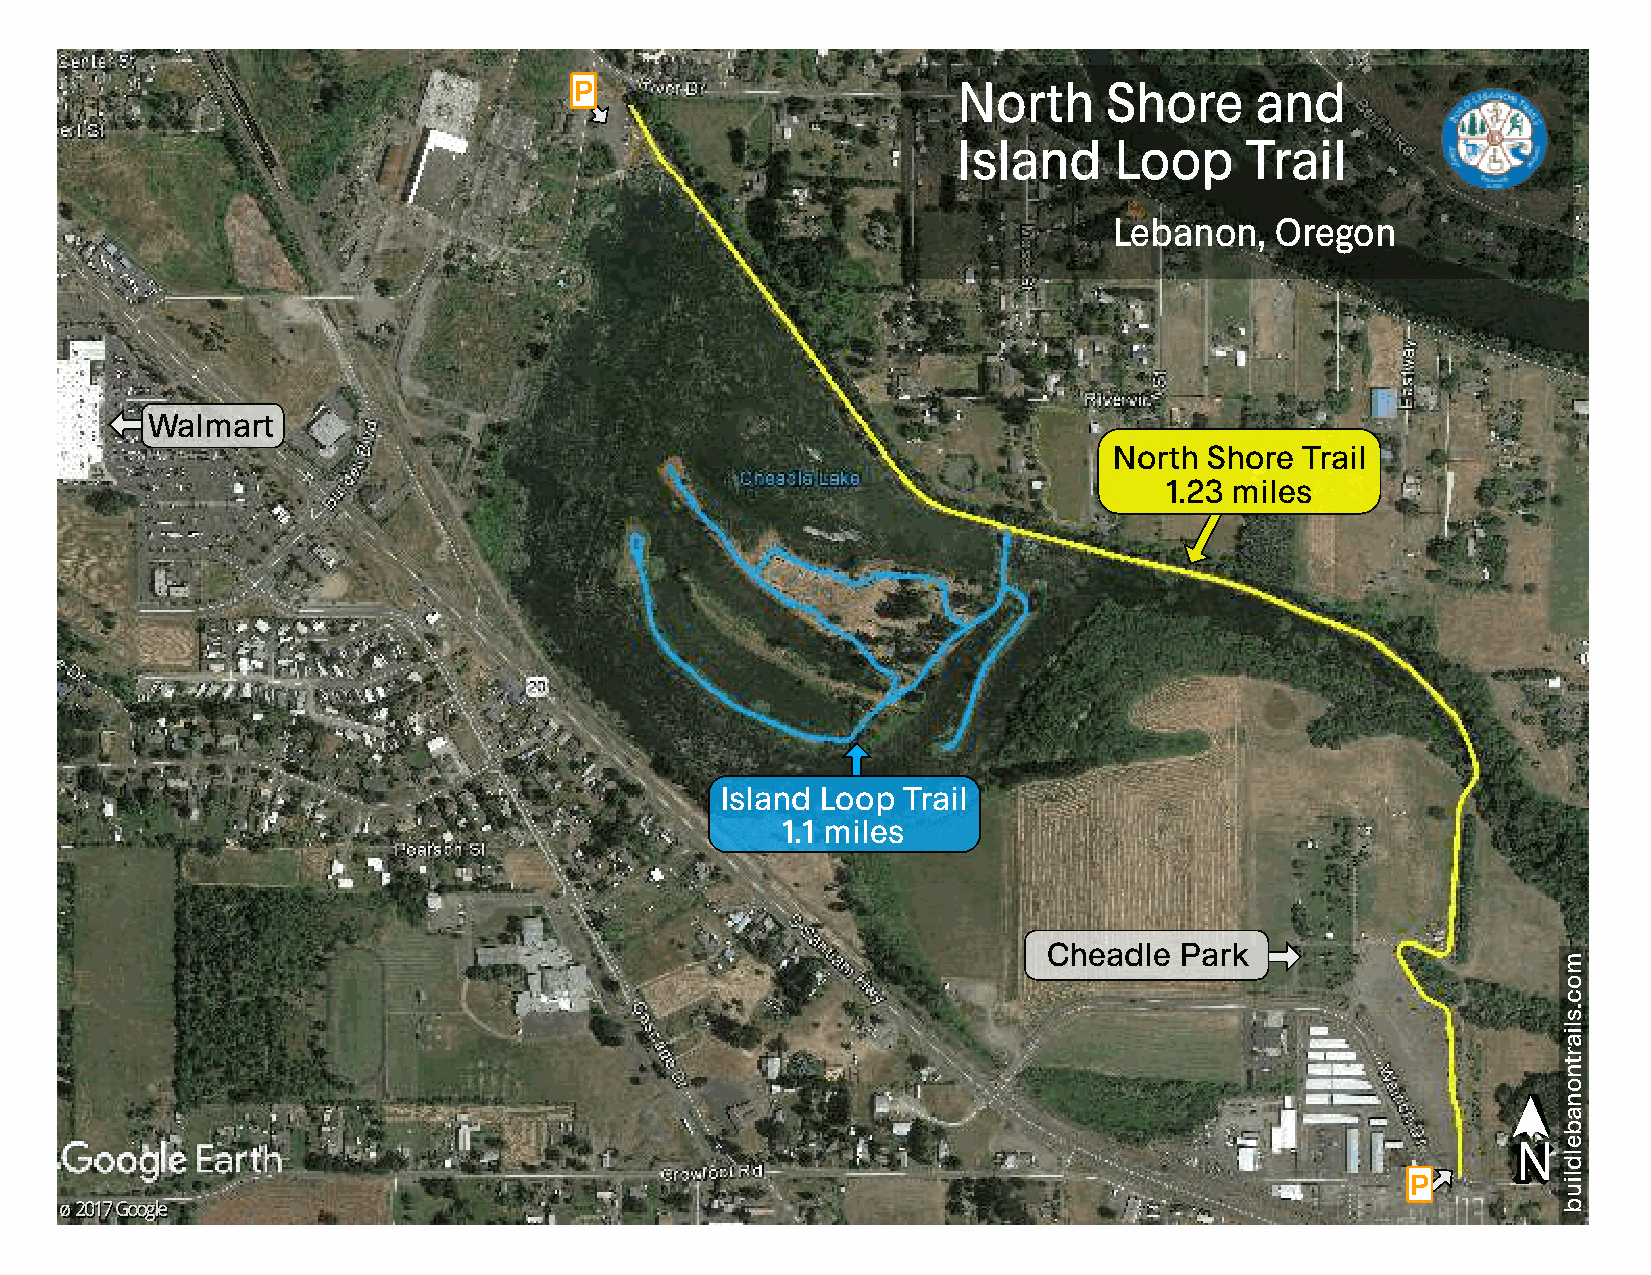
P                        North     Shore     and
 Island     Loop    Trail
 Lebanon,  Oregon
 Walmart
 North Shore Trail
 1.23 miles
 Island Loop Trail
 1.1 miles
 Cheadle  Park
 ➤➤
 NN
 P
 ©©22001177GGooooggllee
 moc.sliartnonabeldliub